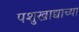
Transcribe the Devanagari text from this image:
पशुखाद्याच्या